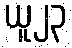
ယူ၂၃